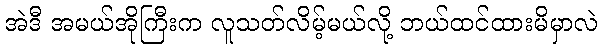
အဲဒီ အမယ်အိုကြီးက လူသတ်လိမ့်မယ်လို့ ဘယ်ထင်ထားမိမှာလဲ